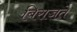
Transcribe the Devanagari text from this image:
बिराजते